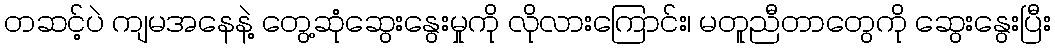
တဆင့်ပဲ ကျမအနေနဲ့ တွေ့ဆုံဆွေးနွေးမှုကို လိုလားကြောင်း၊ မတူညီတာတွေကို ဆွေးနွေးပြီး